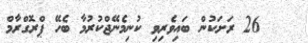
26 ރަށަކުން ބައިވެރިވި ކުނިމެނޭޖްކުރުމާ ބެހޭ ޕްރޮގްރާމް